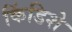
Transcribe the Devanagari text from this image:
किंडिशे